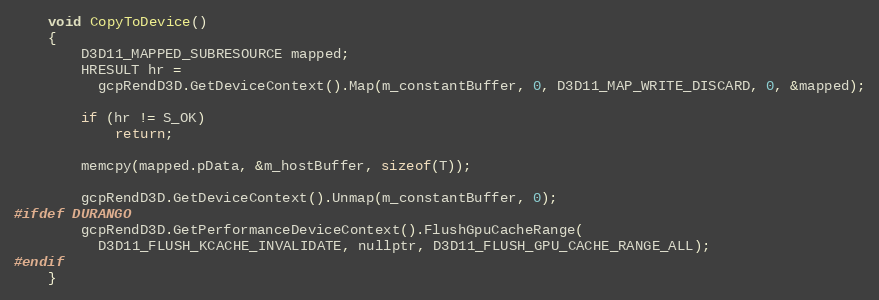
Language: C
	void CopyToDevice()
	{
		D3D11_MAPPED_SUBRESOURCE mapped;
		HRESULT hr =
		  gcpRendD3D.GetDeviceContext().Map(m_constantBuffer, 0, D3D11_MAP_WRITE_DISCARD, 0, &mapped);

		if (hr != S_OK)
			return;

		memcpy(mapped.pData, &m_hostBuffer, sizeof(T));

		gcpRendD3D.GetDeviceContext().Unmap(m_constantBuffer, 0);
#ifdef DURANGO
		gcpRendD3D.GetPerformanceDeviceContext().FlushGpuCacheRange(
		  D3D11_FLUSH_KCACHE_INVALIDATE, nullptr, D3D11_FLUSH_GPU_CACHE_RANGE_ALL);
#endif
	}